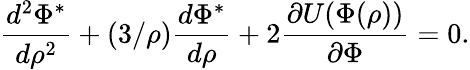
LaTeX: \frac{d^{2}\Phi^{*}}{d\rho^{2}}+(3/\rho)\frac{d\Phi^{*}}{d\rho}+2\frac{\partial U(\Phi(\rho))}{\partial\Phi}=0.